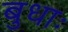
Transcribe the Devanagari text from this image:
बुधाः